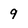
Character: 9